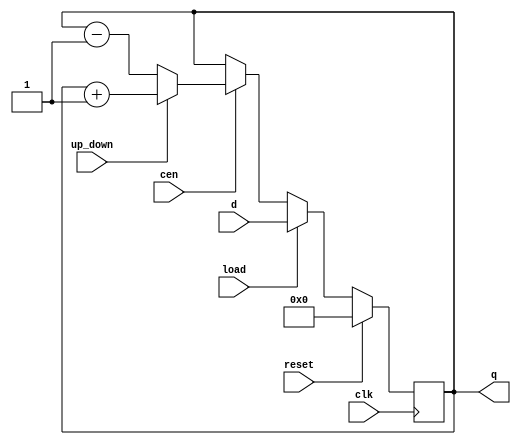
module loadable_counter (
    input wire clk,          // Clock signal
    input wire reset,        // Synchronous reset
    input wire load,         // Load enable
    input wire cen,          // Count enable
    input wire up_down,      // Up/Down control (1 for up, 0 for down)
    input wire [7:0] d,      // Data input for loading
    output reg [7:0] q       // Count output
);

    // Synchronous reset and loading logic
    always @(posedge clk) begin
        if (reset) begin
            q <= 8'b0;        // Reset the counter to 0
        end else if (load) begin
            q <= d;           // Load the input data into the counter
        end else if (cen) begin
            if (up_down) begin
                q <= q + 1;   // Increment the counter
            end else begin
                q <= q - 1;   // Decrement the counter
            end
        end
    end

endmodule